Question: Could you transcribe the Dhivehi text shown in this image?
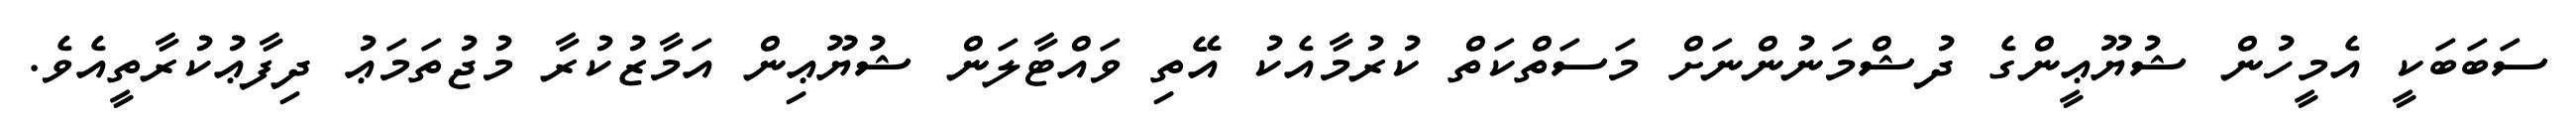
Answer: ސަބަބަކީ އެމީހުން ޝުޔޫޢީންގެ ދުޝްމަނުންނަށް މަސަތްކަތް ކުރުމާއެކު އޭތި ވައްޓާލަން ޝުޔޫޢިން އަމާޒުކުރާ މުޖުތަމަޢު ދިފާޢުކުރާތީއެވެ.